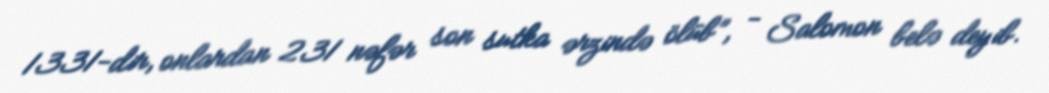
1331-dir, onlardan 231 nəfər son sutka ərzində ölüb”, - Salomon belə deyib.